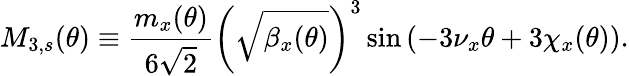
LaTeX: M_{3,s}(\theta)\equiv\frac{m_{x}(\theta)}{6\sqrt 2}\left(\sqrt{\beta_{x}(\theta)}\right)^{3}\sin{\left(-3\nu_{x}\theta+3\chi_{x}(\theta)\right)}.